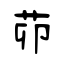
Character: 茆